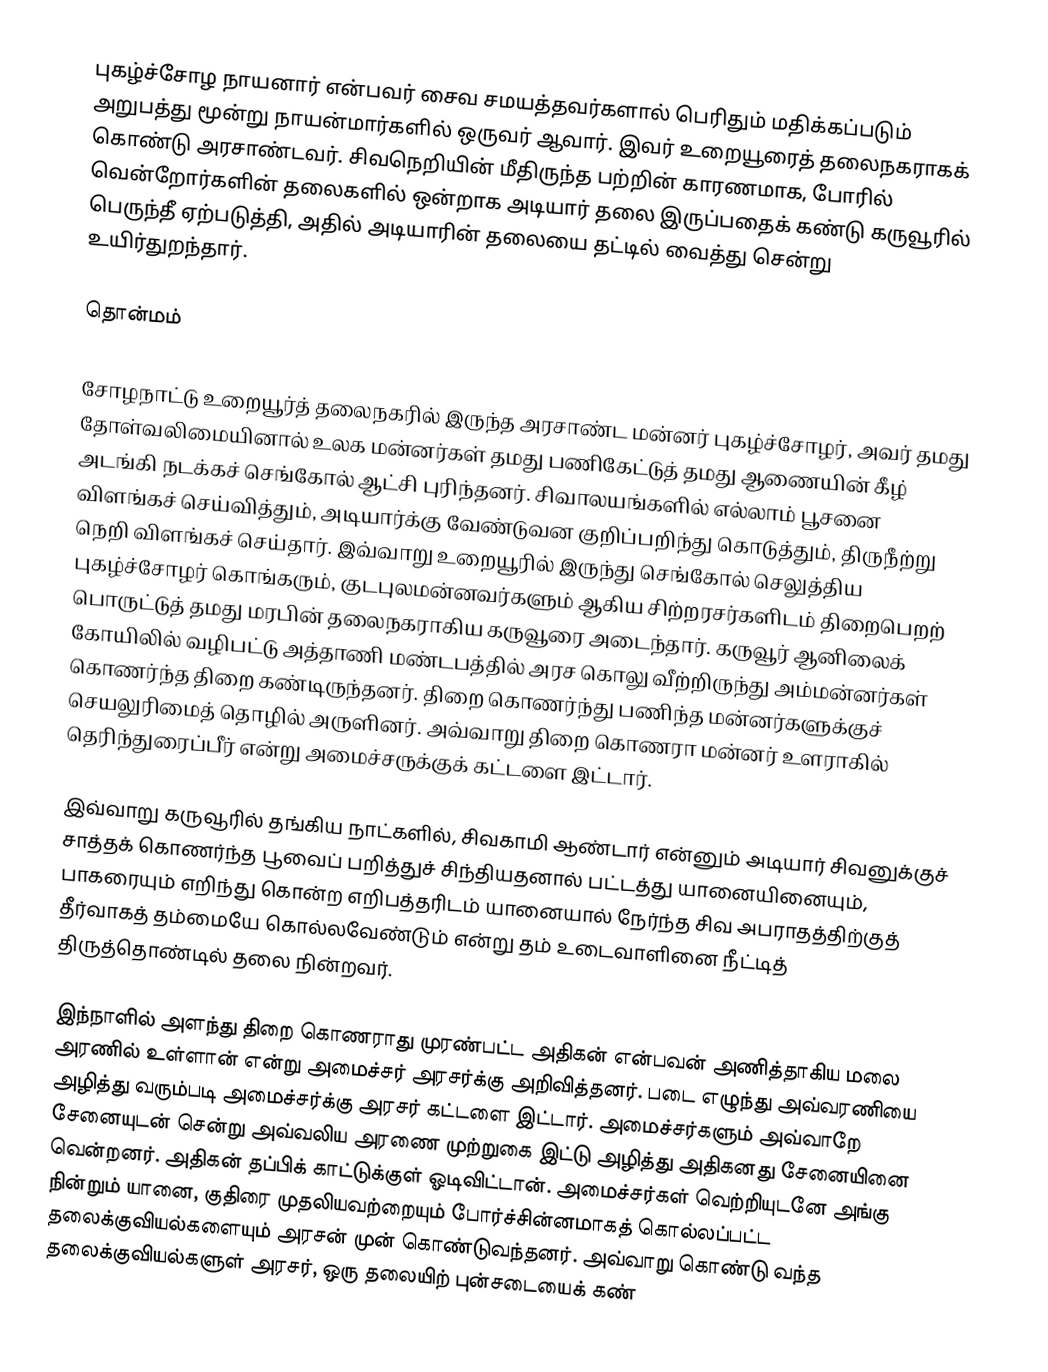
புகழ்ச்சோழ நாயனார் என்பவர் சைவ சமயத்தவர்களால் பெரிதும் மதிக்கப்படும் அறுபத்து மூன்று நாயன்மார்களில் ஒருவர் ஆவார். இவர் உறையூரைத் தலைநகராகக் கொண்டு அரசாண்டவர். சிவநெறியின் மீதிருந்த பற்றின் காரணமாக, போரில் வென்றோர்களின் தலைகளில் ஒன்றாக அடியார் தலை இருப்பதைக் கண்டு கருவூரில் பெருந்தீ ஏற்படுத்தி, அதில் அடியாரின் தலையை தட்டில் வைத்து சென்று உயிர்துறந்தார்.

தொன்மம்

சோழநாட்டு உறையூர்த் தலைநகரில் இருந்த அரசாண்ட மன்னர் புகழ்ச்சோழர், அவர்  தமது தோள்வலிமையினால் உலக மன்னர்கள் தமது பணிகேட்டுத் தமது ஆணையின் கீழ் அடங்கி நடக்கச் செங்கோல் ஆட்சி புரிந்தனர். சிவாலயங்களில் எல்லாம் பூசனை விளங்கச் செய்வித்தும், அடியார்க்கு வேண்டுவன குறிப்பறிந்து கொடுத்தும், திருநீற்று நெறி விளங்கச் செய்தார். இவ்வாறு உறையூரில் இருந்து செங்கோல் செலுத்திய புகழ்ச்சோழர் கொங்கரும், குடபுலமன்னவர்களும் ஆகிய சிற்றரசர்களிடம் திறைபெறற் பொருட்டுத் தமது மரபின் தலைநகராகிய கருவூரை அடைந்தார். கருவூர் ஆனிலைக் கோயிலில் வழிபட்டு அத்தாணி மண்டபத்தில் அரச கொலு வீற்றிருந்து அம்மன்னர்கள் கொணர்ந்த திறை கண்டிருந்தனர். திறை கொணர்ந்து பணிந்த மன்னர்களுக்குச் செயலுரிமைத் தொழில் அருளினர். அவ்வாறு திறை கொணரா மன்னர் உளராகில் தெரிந்துரைப்பீர் என்று அமைச்சருக்குக் கட்டளை இட்டார்.

இவ்வாறு கருவூரில் தங்கிய நாட்களில், சிவகாமி ஆண்டார் என்னும் அடியார் சிவனுக்குச் சாத்தக் கொணர்ந்த பூவைப் பறித்துச் சிந்தியதனால் பட்டத்து யானையினையும், பாகரையும் எறிந்து கொன்ற எறிபத்தரிடம் யானையால் நேர்ந்த சிவ அபராதத்திற்குத் தீர்வாகத் தம்மையே கொல்லவேண்டும் என்று தம் உடைவாளினை நீட்டித் திருத்தொண்டில் தலை நின்றவர்.

இந்நாளில் அளந்து திறை கொணராது முரண்பட்ட அதிகன் என்பவன் அணித்தாகிய மலை அரணில் உள்ளான் என்று அமைச்சர் அரசர்க்கு அறிவித்தனர். படை எழுந்து அவ்வரணியை அழித்து வரும்படி அமைச்சர்க்கு அரசர் கட்டளை இட்டார். அமைச்சர்களும் அவ்வாறே சேனையுடன் சென்று அவ்வலிய அரணை முற்றுகை இட்டு அழித்து அதிகனது சேனையினை வென்றனர். அதிகன் தப்பிக் காட்டுக்குள் ஓடிவிட்டான். அமைச்சர்கள் வெற்றியுடனே அங்கு நின்றும் யானை, குதிரை முதலியவற்றையும் போர்ச்சின்னமாகத் கொல்லப்பட்ட தலைக்குவியல்களையும் அரசன் முன் கொண்டுவந்தனர். அவ்வாறு கொண்டு வந்த தலைக்குவியல்களுள் அரசர், ஒரு தலையிற் புன்சடையைக் கண்